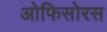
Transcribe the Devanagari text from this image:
ओफिसोरस